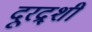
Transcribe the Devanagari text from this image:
दूरद्र्शी